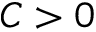
C > 0